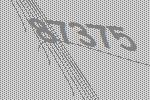
87375